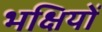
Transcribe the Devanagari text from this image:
भक्षियों